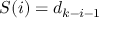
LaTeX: S ( i ) = d _ { k - i - 1 }